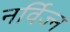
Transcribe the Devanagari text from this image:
नर्विज्न